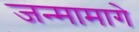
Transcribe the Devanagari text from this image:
जन्मामागे